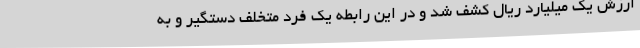
ارزش یک میلیارد ریال کشف شد و در این رابطه یک فرد متخلف دستگیر و به